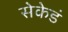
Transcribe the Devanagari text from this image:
सेकेडं